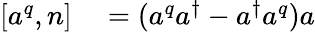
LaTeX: \begin{array}{rl}{[a^{q},n]}&{{}=(a^{q}a^{\dagger}-a^{\dagger}a^{q})a}\end{array}